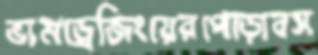
ভামড্রেজিংয়েরপোড়াবস